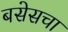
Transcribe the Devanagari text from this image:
बसेसचा